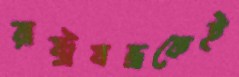
রাষ্ট্রযন্ত্রকেই